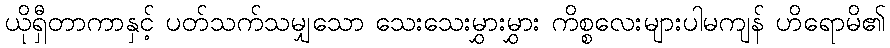
ယိုရှီတာကာနှင့် ပတ်သက်သမျှသော သေးသေးမွှားမွှား ကိစ္စလေးများပါမကျန် ဟိရောမိ၏